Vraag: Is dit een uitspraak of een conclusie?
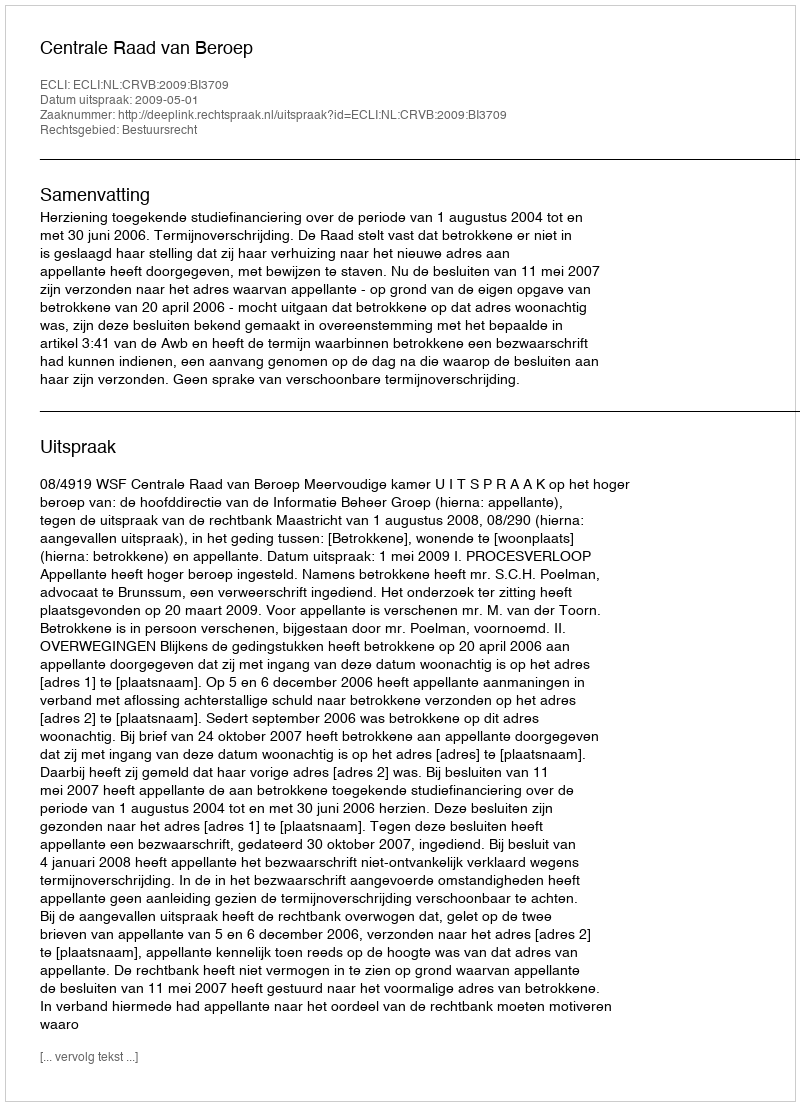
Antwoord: Uitspraak